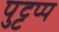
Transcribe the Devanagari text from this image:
पुट्टप्प